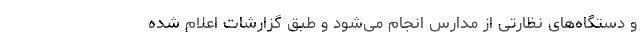
و دستگاه‌های نظارتی از مدارس انجام می‌شود و طبق گزارشات اعلام شده